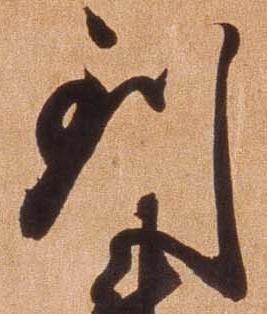
到